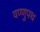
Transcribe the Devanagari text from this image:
वण्णुपथ